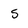
Character: S